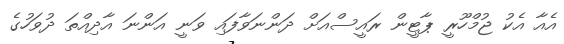
އެއާ އެކު ޖުމްހޫރީ ޕާޓީން ރައީސްއަށް ދަންނަވާފައި ވަނީ އަންނަ އާދިއްތަ ދުވަހުގެ